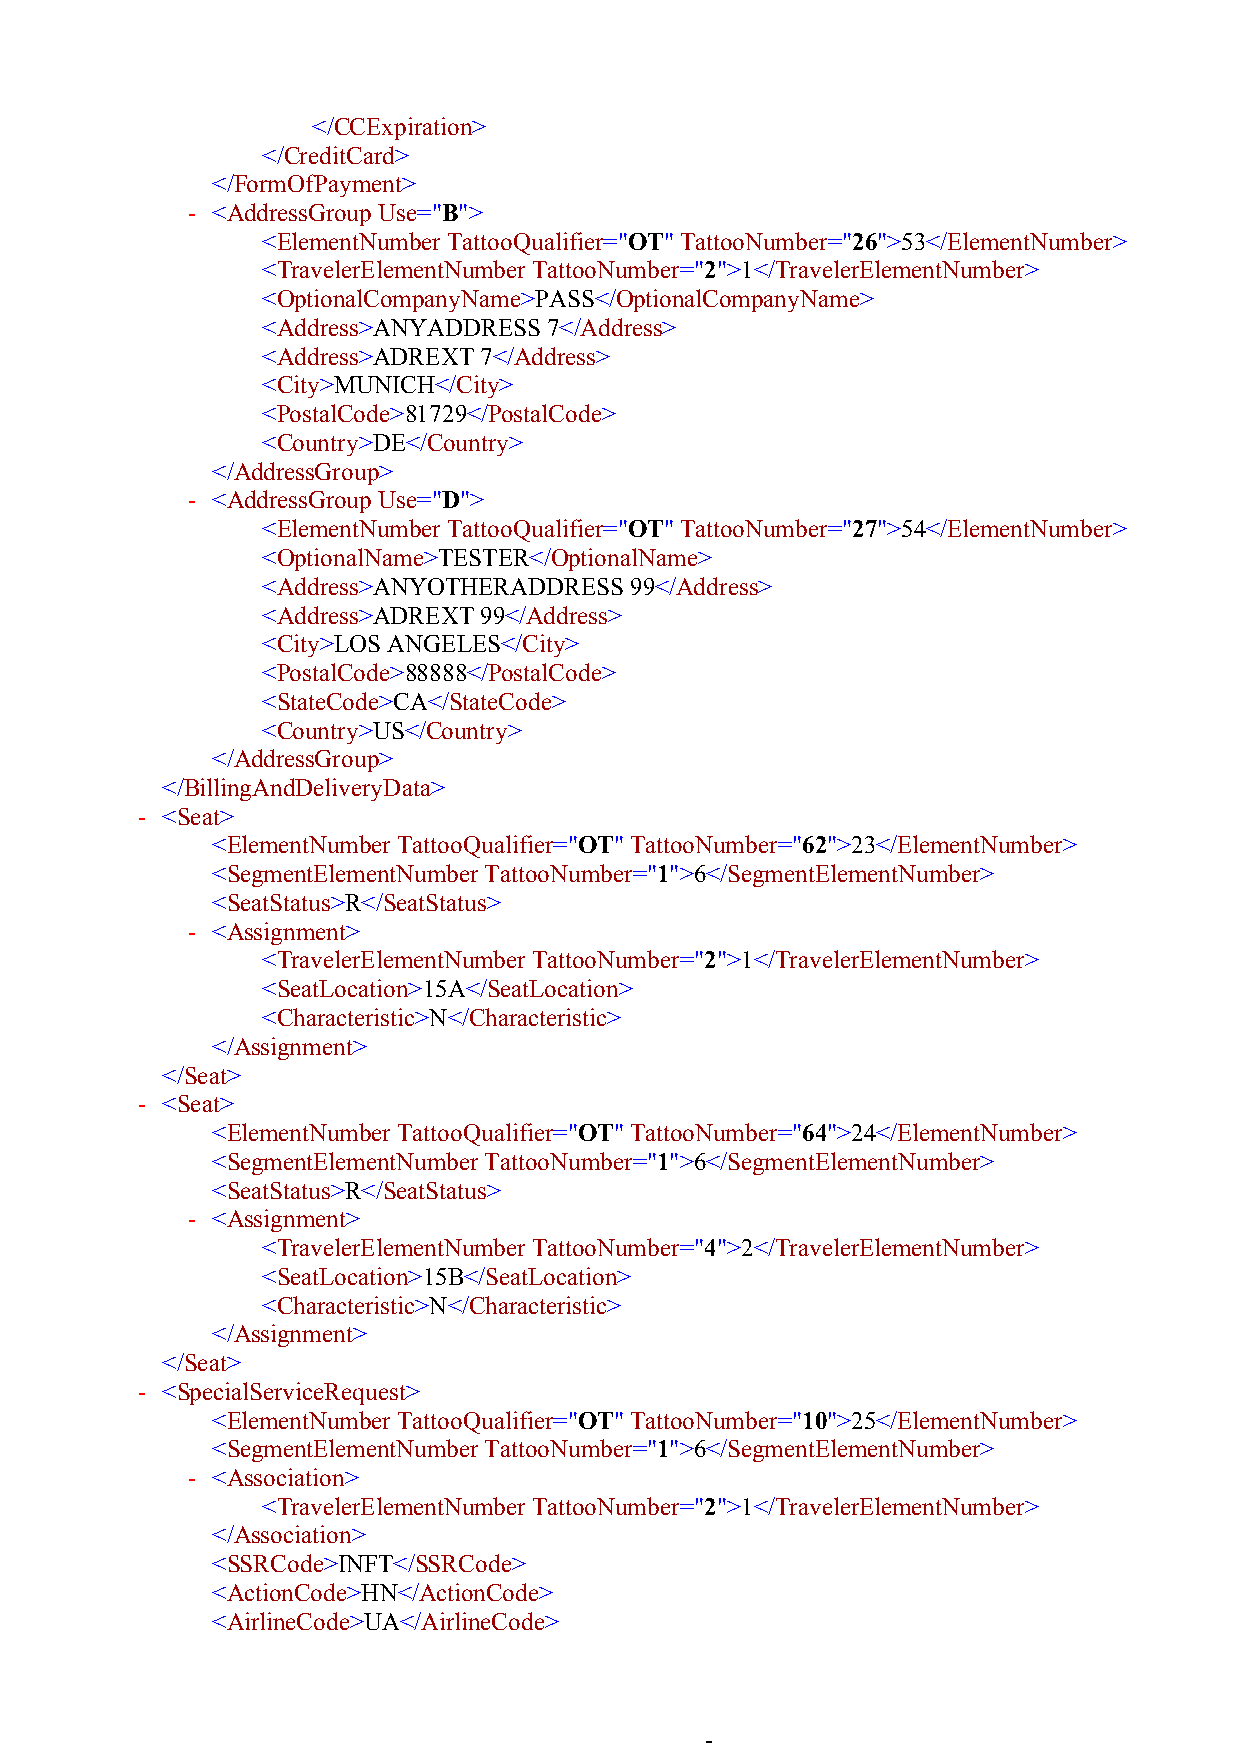
</CCExpiration>
 </CreditCard>
 </FormOfPayment>
 - <AddressGroupUse="B">
 <ElementNumber TattooQualifier="OT" TattooNumber="26">53</ElementNumber>
 <TravelerElementNumberTattooNumber="2">1</TravelerElementNumber>
 <OptionalCompanyName>PASS</OptionalCompanyName>
 <Address>ANYADDRESS 7</Address>
 <Address>ADREXT 7</Address>
 <City>MUNICH</City>
 <PostalCode>81729</PostalCode>
 <Country>DE</Country>
 </AddressGroup>
 - <AddressGroupUse="D">
 <ElementNumber TattooQualifier="OT" TattooNumber="27">54</ElementNumber>
 <OptionalName>TESTER</OptionalName>
 <Address>ANYOTHERADDRESS 99</Address>
 <Address>ADREXT 99</Address>
 <City>LOS ANGELES</City>
 <PostalCode>88888</PostalCode>
 <StateCode>CA</StateCode>
 <Country>US</Country>
 </AddressGroup>
 </BillingAndDeliveryData>
 - <Seat>
 <ElementNumber TattooQualifier="OT" TattooNumber="62">23</ElementNumber>
 <SegmentElementNumberTattooNumber="1">6</SegmentElementNumber>
 <SeatStatus>R</SeatStatus>
 - <Assignment>
 <TravelerElementNumberTattooNumber="2">1</TravelerElementNumber>
 <SeatLocation>15A</SeatLocation>
 <Characteristic>N</Characteristic>
 </Assignment>
 </Seat>
 - <Seat>
 <ElementNumber TattooQualifier="OT" TattooNumber="64">24</ElementNumber>
 <SegmentElementNumberTattooNumber="1">6</SegmentElementNumber>
 <SeatStatus>R</SeatStatus>
 - <Assignment>
 <TravelerElementNumberTattooNumber="4">2</TravelerElementNumber>
 <SeatLocation>15B</SeatLocation>
 <Characteristic>N</Characteristic>
 </Assignment>
 </Seat>
 - <SpecialServiceRequest>
 <ElementNumber TattooQualifier="OT" TattooNumber="10">25</ElementNumber>
 <SegmentElementNumberTattooNumber="1">6</SegmentElementNumber>
 - <Association>
 <TravelerElementNumberTattooNumber="2">1</TravelerElementNumber>
 </Association>
 <SSRCode>INFT</SSRCode>
 <ActionCode>HN</ActionCode>
 <AirlineCode>UA</AirlineCode>
 -